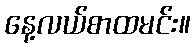
နေ့လယ်စာထမင်း။